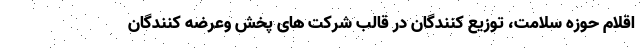
اقلام حوزه سلامت، توزیع کنندگان در قالب شرکت های پخش وعرضه کنندگان